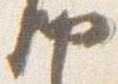
納